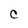
Character: C